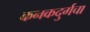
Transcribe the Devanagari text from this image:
कनकदुर्गचा